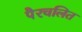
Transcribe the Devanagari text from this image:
पैरचलित